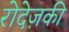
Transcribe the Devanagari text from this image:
रोदेज़की